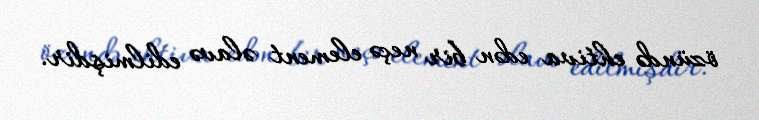
özündə ehtiva edən bir neçə element əlavə edilmişdir.